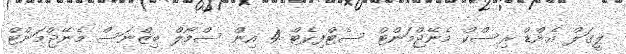
ލީގަލް އެންޑް ރިސްކް މެނޭޖްމަންޓް ސެޓްފިކެޓް 4 އިން ސްމޯލް ބިޒްނަސް މެނޭޖްމަންޓް